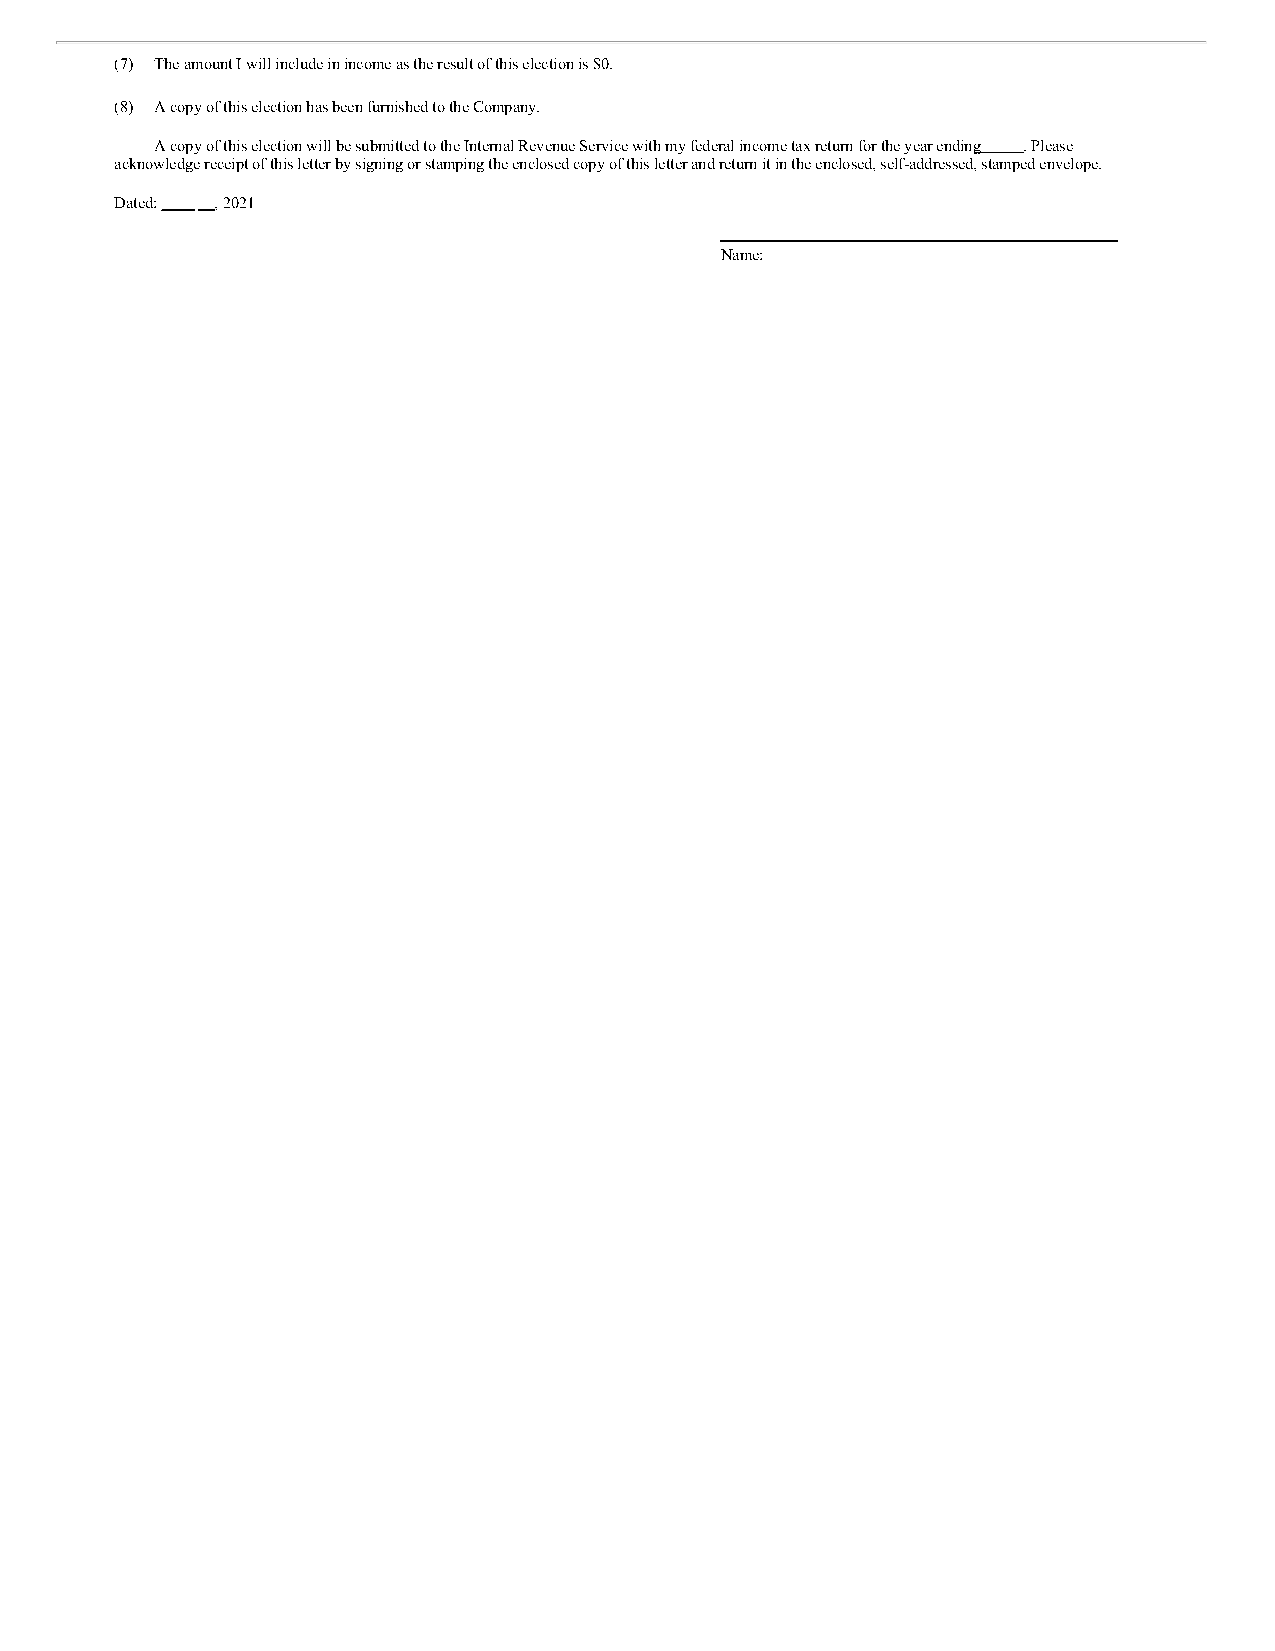
(7) The amount I will include in income as the result of this election is $0.
 (8) A copy of this election has been furnished to the Company.
 A copy of this election will be submitted to the Internal Revenue Service with my federal income tax return for the year ending . Please
 acknowledge receipt of this letter by signing or stamping the enclosed copy of this letter and return it in the enclosed, self-addressed, stamped envelope.
 Dated: , 2021
 Name: